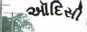
ઑદિસી